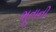
ભૂતાની